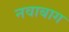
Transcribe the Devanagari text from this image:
नवाबाग